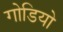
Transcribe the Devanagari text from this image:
गोडियो